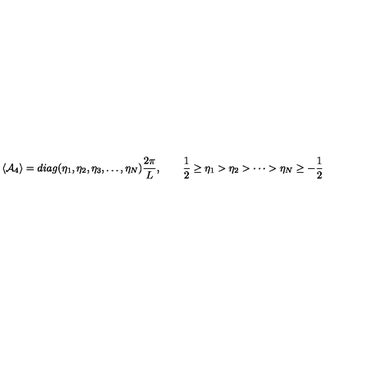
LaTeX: \langle { \cal A } _ { 4 } \rangle = d i a g ( \eta _ { 1 } , \eta _ { 2 } , \eta _ { 3 } , \dots , \eta _ { N } ) \frac { 2 \pi } { L } , \qquad \frac { 1 } { 2 } \ge \eta _ { 1 } > \eta _ { 2 } > \cdots > \eta _ { N } \ge - \frac { 1 } { 2 }